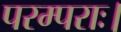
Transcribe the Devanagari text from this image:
परम्पराः।